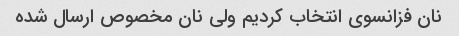
نان فزانسوی انتخاب کردیم ولی نان مخصوص ارسال شده